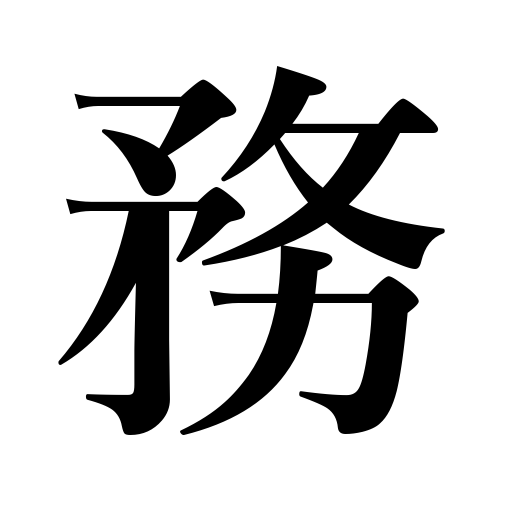
Meanings: serve under,play the part of,serve,be diligent,exert oneself,endeavor,fill a post,work